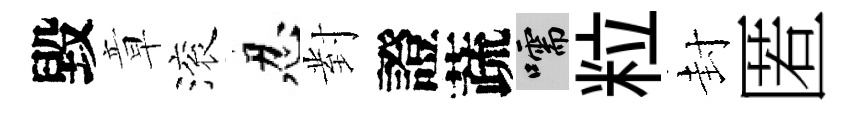
毀章滚忍對證蔬嚅粒封匿